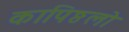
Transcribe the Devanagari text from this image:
कापिष्ठलो